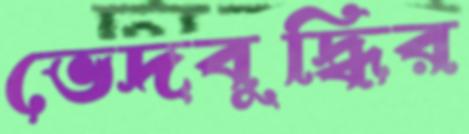
ভেদবুদ্ধির